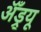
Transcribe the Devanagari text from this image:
अॅँड्र्यू